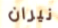
نيران